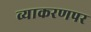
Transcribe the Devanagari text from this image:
व्याकरणपर